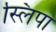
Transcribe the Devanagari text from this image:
स्लिपा